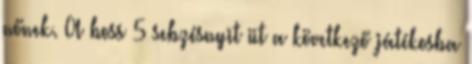
nőnek. A boss 5 sebzésnyit üt a következő játékosba